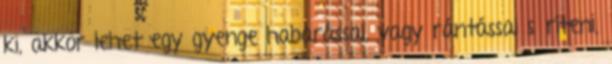
ki, akkor lehet egy gyenge habarással, vagy rántással sűríteni,